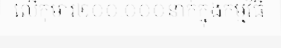
លើកុមារ២០០.០០០នាក់ក្នុងកម្មវិធី